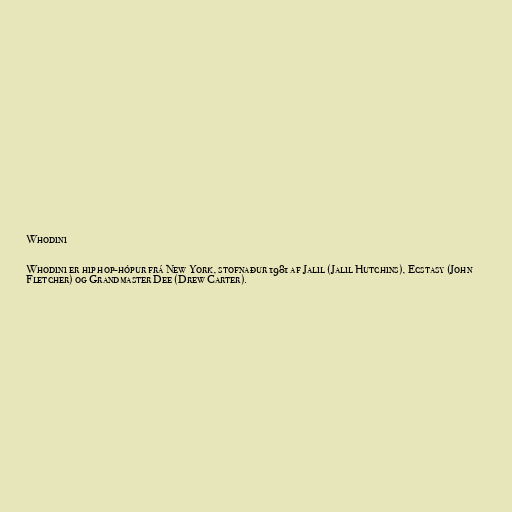
Whodini

Whodini er hip hop-hópur frá New York, stofnaður 1981 af Jalil (Jalil Hutchins), Ecstasy (John
Fletcher) og Grandmaster Dee (Drew Carter).